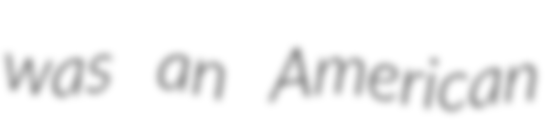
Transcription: was an American